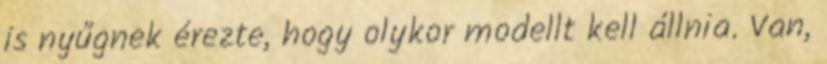
is nyűgnek érezte, hogy olykor modellt kell állnia. Van,